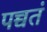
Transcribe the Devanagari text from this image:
पच्चतं